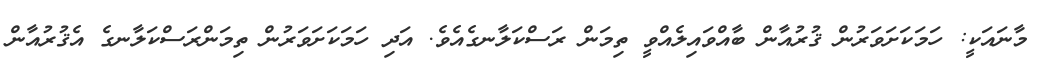
މާނައަކީ: ހަމަކަށަވަރުން ޤުރުއާން ބާއްވައިލެއްވީ ތިމަން ރަސްކަލާނގެއެވެ. އަދި ހަމަކަށަވަރުން ތިމަންރަސްކަލާނގެ އެޤުރުއާން